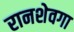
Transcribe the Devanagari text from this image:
रानशेवगा